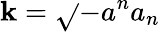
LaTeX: \mathbf{k}=\sqrt{}{{-a^{n}a_{n}}}